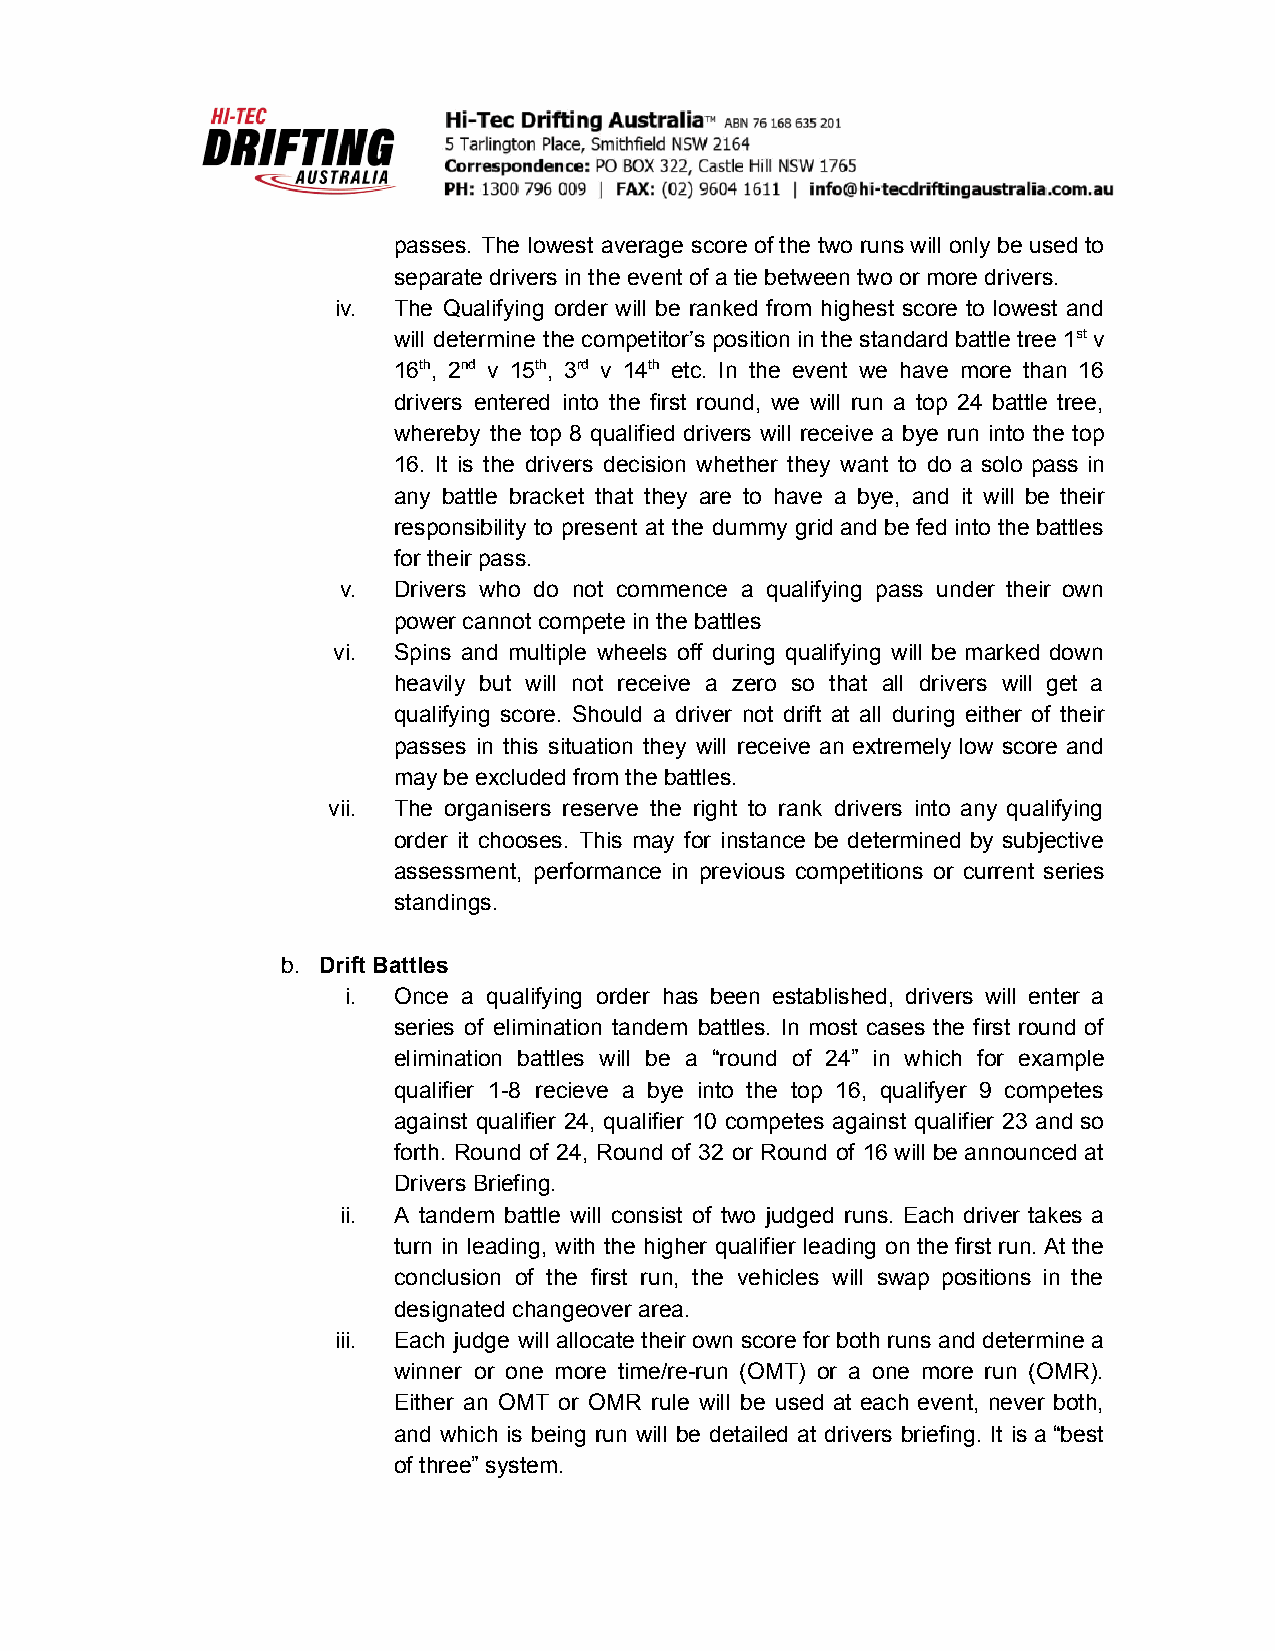
passes. The lowest average score of the two runs will only be used to
 separate drivers in the event of a tie between two or more drivers.
 iv. The Qualifying order will be ranked from highest score to lowest and
 will determine the competitor’s position in the standard battle tree 1st v
 16th, 2nd v 15th, 3rd v 14th etc. In the event we have more than 16
 drivers entered into the first round, we will run a top 24 battle tree,
 whereby the top 8 qualified drivers will receive a bye run into the top
 16. It is the drivers decision whether they want to do a solo pass in
 any battle bracket that they are to have a bye, and it will be their
 responsibility to present at the dummy grid and be fed into the battles
 for their pass.
 v. Drivers who do not commence a qualifying pass under their own
 power cannot compete in the battles
 vi. Spins and multiple wheels off during qualifying will be marked down
 heavily but will not receive a zero so that all drivers will get a
 qualifying score. Should a driver not drift at all during either of their
 passes in this situation they will receive an extremely low score and
 may be excluded from the battles.
 vii. The organisers reserve the right to rank drivers into any qualifying
 order it chooses. This may for instance be determined by subjective
 assessment, performance in previous competitions or current series
 standings.
 b. Drift Battles
 i. Once a qualifying order has been established, drivers will enter a
 series of elimination tandem battles. In most cases the first round of
 elimination battles will be a “round of 24” in which for example
 qualifier 1-8 recieve a bye into the top 16, qualifyer 9 competes
 against qualifier 24, qualifier 10 competes against qualifier 23 and so
 forth. Round of 24, Round of 32 or Round of 16 will be announced at
 Drivers Briefing.
 ii. A tandem battle will consist of two judged runs. Each driver takes a
 turn in leading, with the higher qualifier leading on the first run. At the
 conclusion of the first run, the vehicles will swap positions in the
 designated changeover area.
 iii. Each judge will allocate their own score for both runs and determine a
 winner or one more time/re-run (OMT) or a one more run (OMR).
 Either an OMT or OMR rule will be used at each event, never both,
 and which is being run will be detailed at drivers briefing. It is a “best
 of three” system.